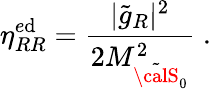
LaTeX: \eta_{RR}^{e\mathrm{d}}=\frac{{|\tilde{{g}}_{R}|^{2}}}{{2M_{\tilde{{\calS}}_{0}}^{2}}}\; .